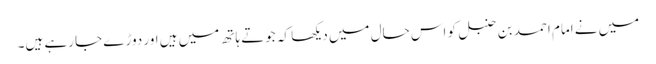
میں نے امام احمد بن حنبل کو اس حال میں دیکھا کہ جوتے ہاتھ میں ہیں اور دوڑے جا رہے ہیں۔